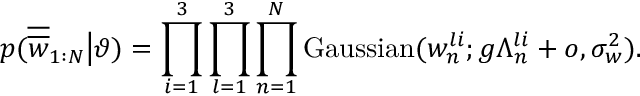
p ( \overline { { \overline { { w } } } } _ { 1 : N } \big | \vartheta ) = \prod _ { i = 1 } ^ { 3 } \prod _ { l = 1 } ^ { 3 } \prod _ { n = 1 } ^ { N } \mathrm { G a u s s i a n } ( w _ { n } ^ { l i } ; g \Lambda _ { n } ^ { l i } + o , \sigma _ { w } ^ { 2 } ) .